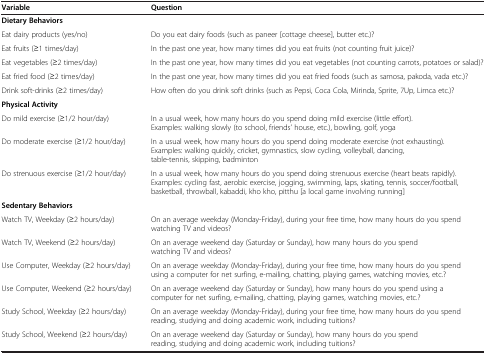
<table><thead><tr><td><b>Variable</b></td><td><b>Question</b></td></tr></thead><tbody><tr><td colspan="2"><b>Dietary Behaviors</b></td></tr><tr><td>Eat dairy products (yes/no)</td><td>Do you eat dairy foods (such as paneer [cottage cheese], butter etc.)?</td></tr><tr><td>Eat fruits (≥1 times/day)</td><td>In the past one year, how many times did you eat fruits (not counting fruit juice)?</td></tr><tr><td>Eat vegetables (≥2 times/day)</td><td>In the past one year, how many times did you eat vegetables (not counting carrots, potatoes or salad)?</td></tr><tr><td>Eat fried food (≥2 times/day)</td><td>In the past one year, how many times did you eat fried foods (such as samosa, pakoda, vada etc.)?</td></tr><tr><td>Drink soft-drinks (≥2 times/day)</td><td>How often do you drink soft drinks (such as Pepsi, Coca Cola, Mirinda, Sprite, 7Up, Limca etc.)?</td></tr><tr><td colspan="2"><b>Physical Activity</b></td></tr><tr><td>Do mild exercise (≥1/2 hour/day)</td><td>In a usual week, how many hours do you spend doing mild exercise (little effort). Examples: walking slowly (to school, friends’ house, etc.), bowling, golf, yoga</td></tr><tr><td>Do moderate exercise (≥1/2 hour/day)</td><td>In a usual week, how many hours do you spend doing moderate exercise (not exhausting). Examples: walking quickly, cricket, gymnastics, slow cycling, volleyball, dancing, table-tennis, skipping, badminton</td></tr><tr><td>Do strenuous exercise (≥1/2 hour/day)</td><td>In a usual week, how many hours do you spend doing strenuous exercise (heart beats rapidly). Examples: cycling fast, aerobic exercise, jogging, swimming, laps, skating, tennis, soccer/football, basketball, throwball, kabaddi, kho kho, pitthu [a local game involving running]</td></tr><tr><td colspan="2"><b>Sedentary Behaviors</b></td></tr><tr><td>Watch TV, Weekday (≥2 hours/day)</td><td>On an average weekday (Monday-Friday), during your free time, how many hours do you spend watching TV and videos?</td></tr><tr><td>Watch TV, Weekend (≥2 hours/day)</td><td>On an average weekend day (Saturday or Sunday), how many hours do you spend watching TV and videos?</td></tr><tr><td>Use Computer, Weekday (≥2 hours/day)</td><td>On an average weekday (Monday-Friday), during your free time, how many hours do you spend using a computer for net surfing, e-mailing, chatting, playing games, watching movies, etc.?</td></tr><tr><td>Use Computer, Weekend (≥2 hours/day)</td><td>On an average weekend day (Saturday or Sunday), how many hours do you spend using a computer for net surfing, e-mailing, chatting, playing games, watching movies, etc.?</td></tr><tr><td>Study School, Weekday (≥2 hours/day)</td><td>On an average weekday (Monday-Friday), during your free time, how many hours do you spend reading, studying and doing academic work, including tuitions?</td></tr><tr><td>Study School, Weekend (≥2 hours/day)</td><td>On an average weekend day (Saturday or Sunday), how many hours do you spend reading, studying and doing academic work, including tuitions?</td></tr></tbody></table>